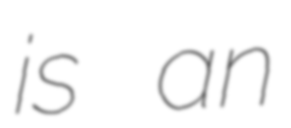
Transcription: is an